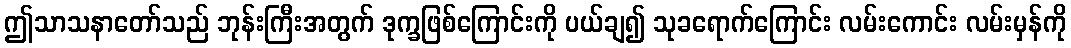
ဤသာသနာတော်သည် ဘုန်းကြီးအတွက် ဒုက္ခဖြစ်ကြောင်းကို ပယ်ချ၍ သုခရောက်ကြောင်း လမ်းကောင်း လမ်းမှန်ကို